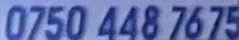
0750 448 7675